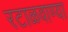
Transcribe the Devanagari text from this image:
रटाळवाण्या